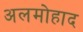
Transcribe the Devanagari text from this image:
अलमोहाद